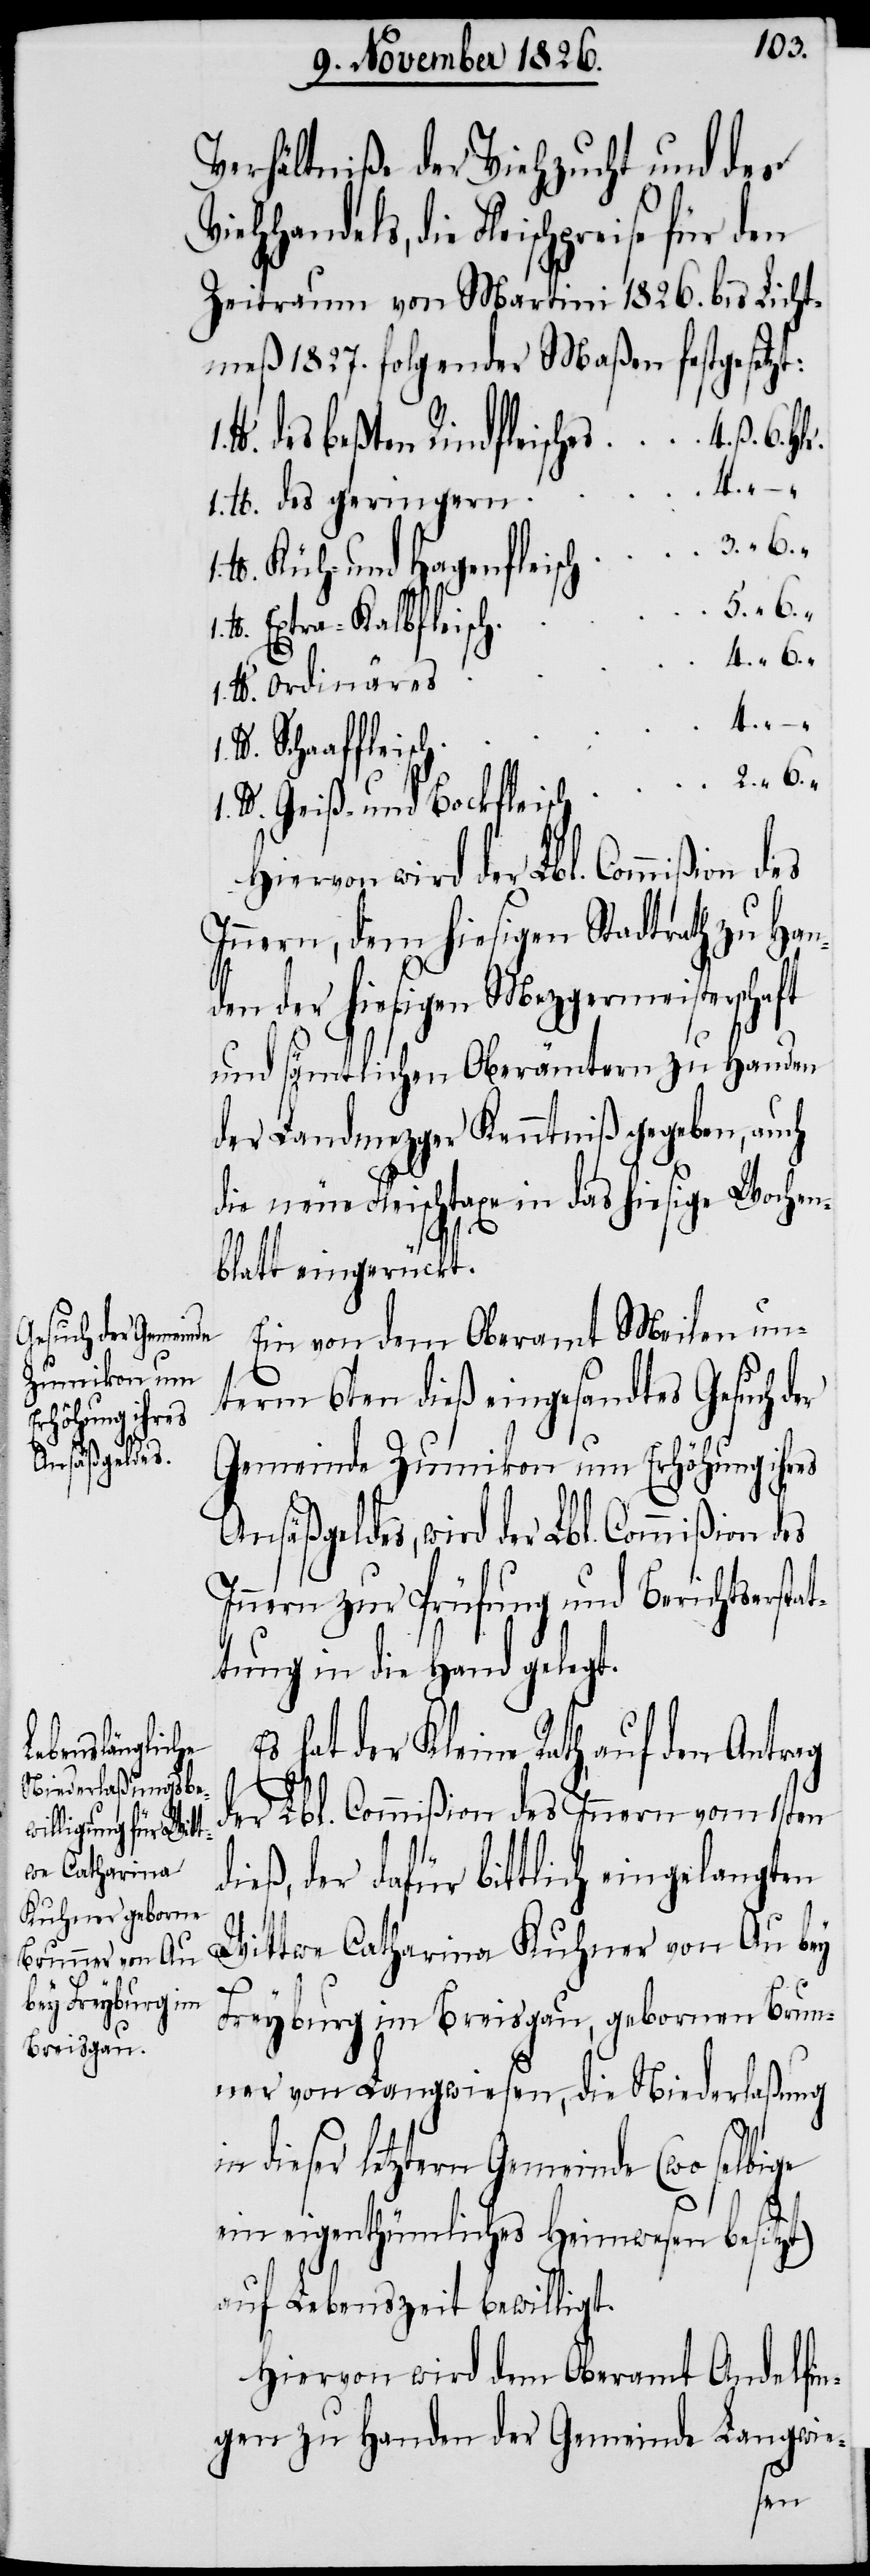
4.
6.

Verhältniße der Viehzucht und des
Es hat der Kleine Rath, auf den
Zeitraum von Martini 1826. bis Licht¬
meß 1827. folgender Maßen festgesetzt:
des beßten Rindfleisches
er
des geringern
Küh- und Hagenfleisch
1 lb.
Extra-Kalbfleisch
4. ß.
Schaaffleisch
Geiß- und Bockfleisch
Hiervon wird der Lbl. Commißion des
Innern, dem hiesigen Stadtrath zu Han¬
den der hiesigen Mezgermeisterschaft
und sämtlichen Oberämtern zu Handen
der Landmezger Kenntniß gegeben, auch
die neue Fleischtaxe in das hiesige Wochen¬
blatt eingerückt.
Ein von dem Oberamt Meilen un¬
term 6ten dieß eingesandtes Gesuch d¬
Gemeinde Zumikon um Erhöhung ihres
Ansäßgeldes, wird der Lbl. Commißion
Innern zur Prüfung und Berichtserstat¬
tung in die Hand gelegt.
der Lbl. Commißion des Innern vom 1sten
dieß, der dafür bittlich eingelangten
Wittwe Catharina Kuhner von Au bey
Freyburg im Breisgau, gebornen Brun¬
ner von Langwiesen, die Niederlaßung
dieser letztern Gemeinde (wo selbige
ein eigenthümliches Heimwesen besitzt)
auf Lebenszeit bewilligt.
Hiervon wird dem Oberamt Andelfin¬
gen zu Handen der Gemeinde Langwie-